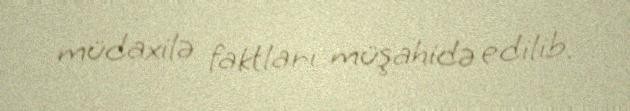
müdaxilə faktları müşahidə edilib.